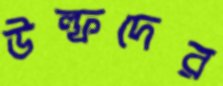
উল্ফদের